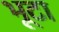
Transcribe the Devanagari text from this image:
भूटा